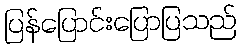
ပြန်ပြောင်းပြောပြသည်